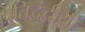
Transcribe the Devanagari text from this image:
प्रतिद्वंद्वीयों